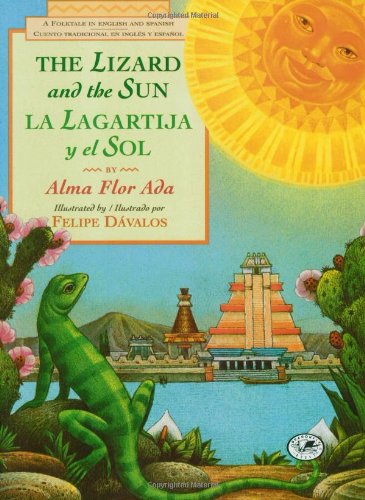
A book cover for The Lizard and the Sun / La Lagartija y el Sol (Picture Yearling Book) (Spanish Edition); Alma Flor Ada; Children's Books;